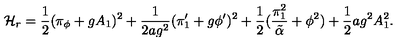
{ \cal H } _ { r } = { \frac { 1 } { 2 } } ( \pi _ { \phi } + g A _ { 1 } ) ^ { 2 } + { \frac { 1 } { 2 a g ^ { 2 } } } ( \pi _ { 1 } ^ { \prime } + g \phi ^ { \prime } ) ^ { 2 } + { \frac { 1 } { 2 } } ( { \frac { \pi _ { 1 } ^ { 2 } } { \tilde { \alpha } } } + \phi ^ { 2 } ) + { \frac { 1 } { 2 } } a g ^ { 2 } A _ { 1 } ^ { 2 } .